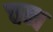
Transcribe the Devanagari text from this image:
चब्ब